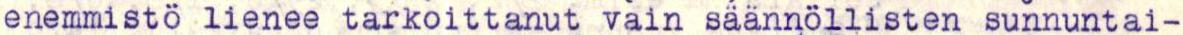
enemmistö lienee tarkoittanut vain säännöllisten sunnuntai-